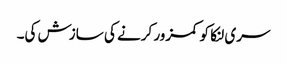
سری لنکا کو کمزور کرنے کی سازش کی۔